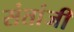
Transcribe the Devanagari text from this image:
संतांजी